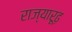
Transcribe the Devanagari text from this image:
राज्यारूढ़